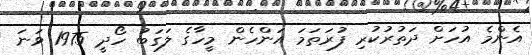
އެންމެ އުހަށް ދަތުރުކުރި ފުރަތަމަ އަންހެން މީހާގެ ލަގަބު ހޯދީ 1975 ވަނަ